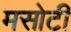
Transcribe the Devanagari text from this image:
मसोटी